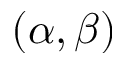
( \alpha , \beta )